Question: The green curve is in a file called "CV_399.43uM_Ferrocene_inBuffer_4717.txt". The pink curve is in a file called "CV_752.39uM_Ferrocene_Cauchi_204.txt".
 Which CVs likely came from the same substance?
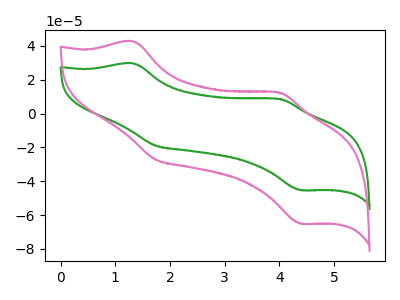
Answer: <think>The green curve "Ferrocene_399.43uM" has anodic peaks at (1.30V, 29.75uA) (4.00V, 8.55uA) and cathodic peaks at (1.75V, -18.95uA) (4.40V, -45.25uA). The pink curve "Ferrocene_752.39uM" has anodic peaks at (1.30V, 42.75uA) (4.00V, 12.35uA) and cathodic peaks at (1.75V, -27.30uA) (4.40V, -65.10uA).
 All the peaks in "Ferrocene_399.43uM" have a peak in "Ferrocene_752.39uM" at the same potential. Every peak in "Ferrocene_399.43uM" is lower than every peak in "Ferrocene_752.39uM".</think>
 <answer>"Ferrocene_752.39uM" and "Ferrocene_399.43uM" have the same shape and are likely CV's of the same chemical.</answer>
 <eval>"Ferrocene_752.39uM" "Ferrocene_399.43uM"</eval>